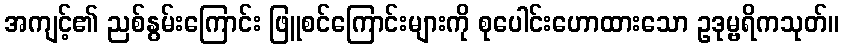
အကျင့်၏ ညစ်နွမ်းကြောင်း ဖြူစင်ကြောင်းများကို စုပေါင်းဟောထားသော ဥဒုမ္ဗရိကသုတ်။